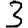
Digit: 3